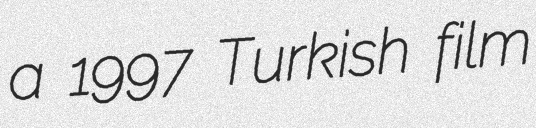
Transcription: a 1997 Turkish film